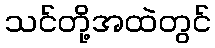
သင်တို့အထဲတွင်